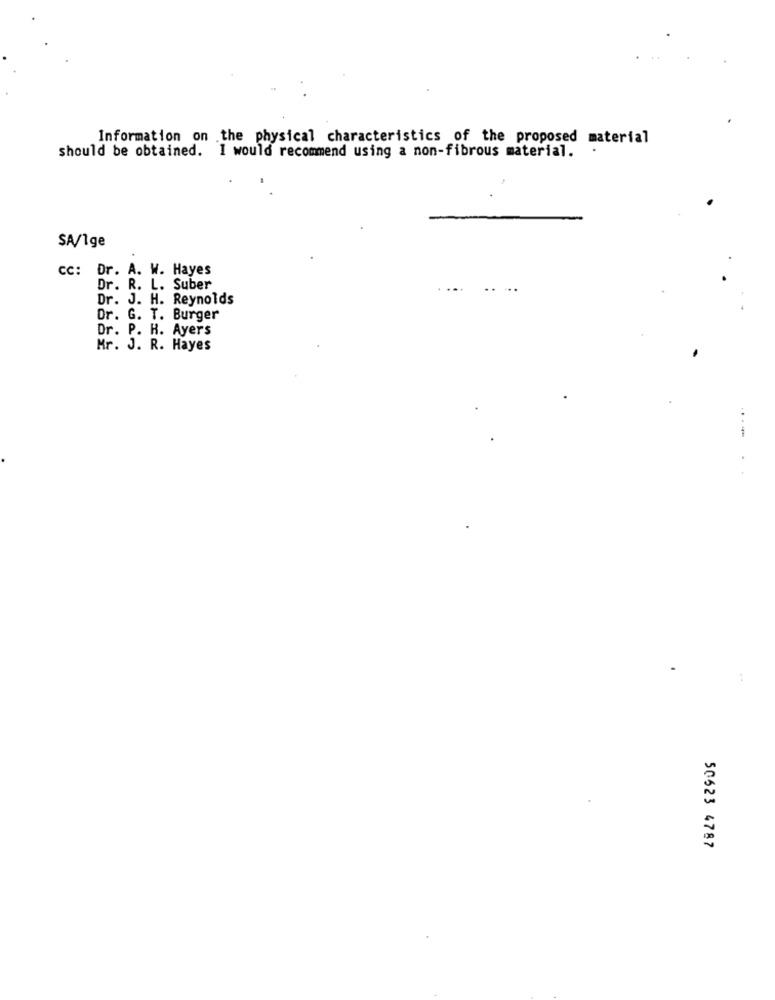
Information on the physical characteristics of the proposed material
should be obtained. I would recommend using a non-fibrous material.
SA/Ige
CC: Dr. A. W. Hayes
Dr. R. L. Suber
...
Dr. J. H. Reynolds
Dr. G. T. Burger
Dr. P. H. Ayers
Mr. J. R. Hayes
---
50623 4787